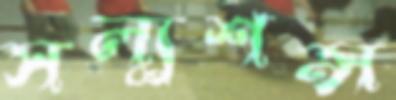
সল্যুশন্স